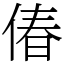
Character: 偆